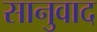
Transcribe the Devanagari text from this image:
सानुवाद